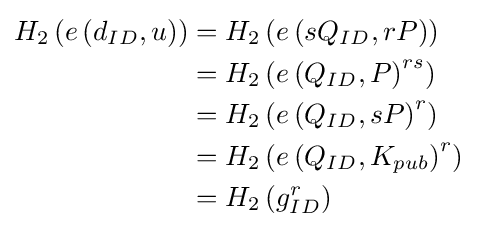
{\begin{aligned}H_{2}\left(e\left(d_{ID},u\right)\right)&=H_{2}\left(e\left(sQ_{ID},rP\right)\right)\\&=H_{2}\left(e\left(Q_{ID},P\right)^{rs}\right)\\&=H_{2}\left(e\left(Q_{ID},sP\right)^{r}\right)\\&=H_{2}\left(e\left(Q_{ID},K_{pub}\right)^{r}\right)\\&=H_{2}\left(g_{ID}^{r}\right)\\\end{aligned}}